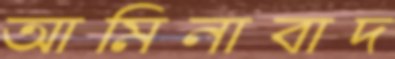
আমিনাবাদ